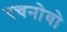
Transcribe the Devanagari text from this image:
रचनोवो